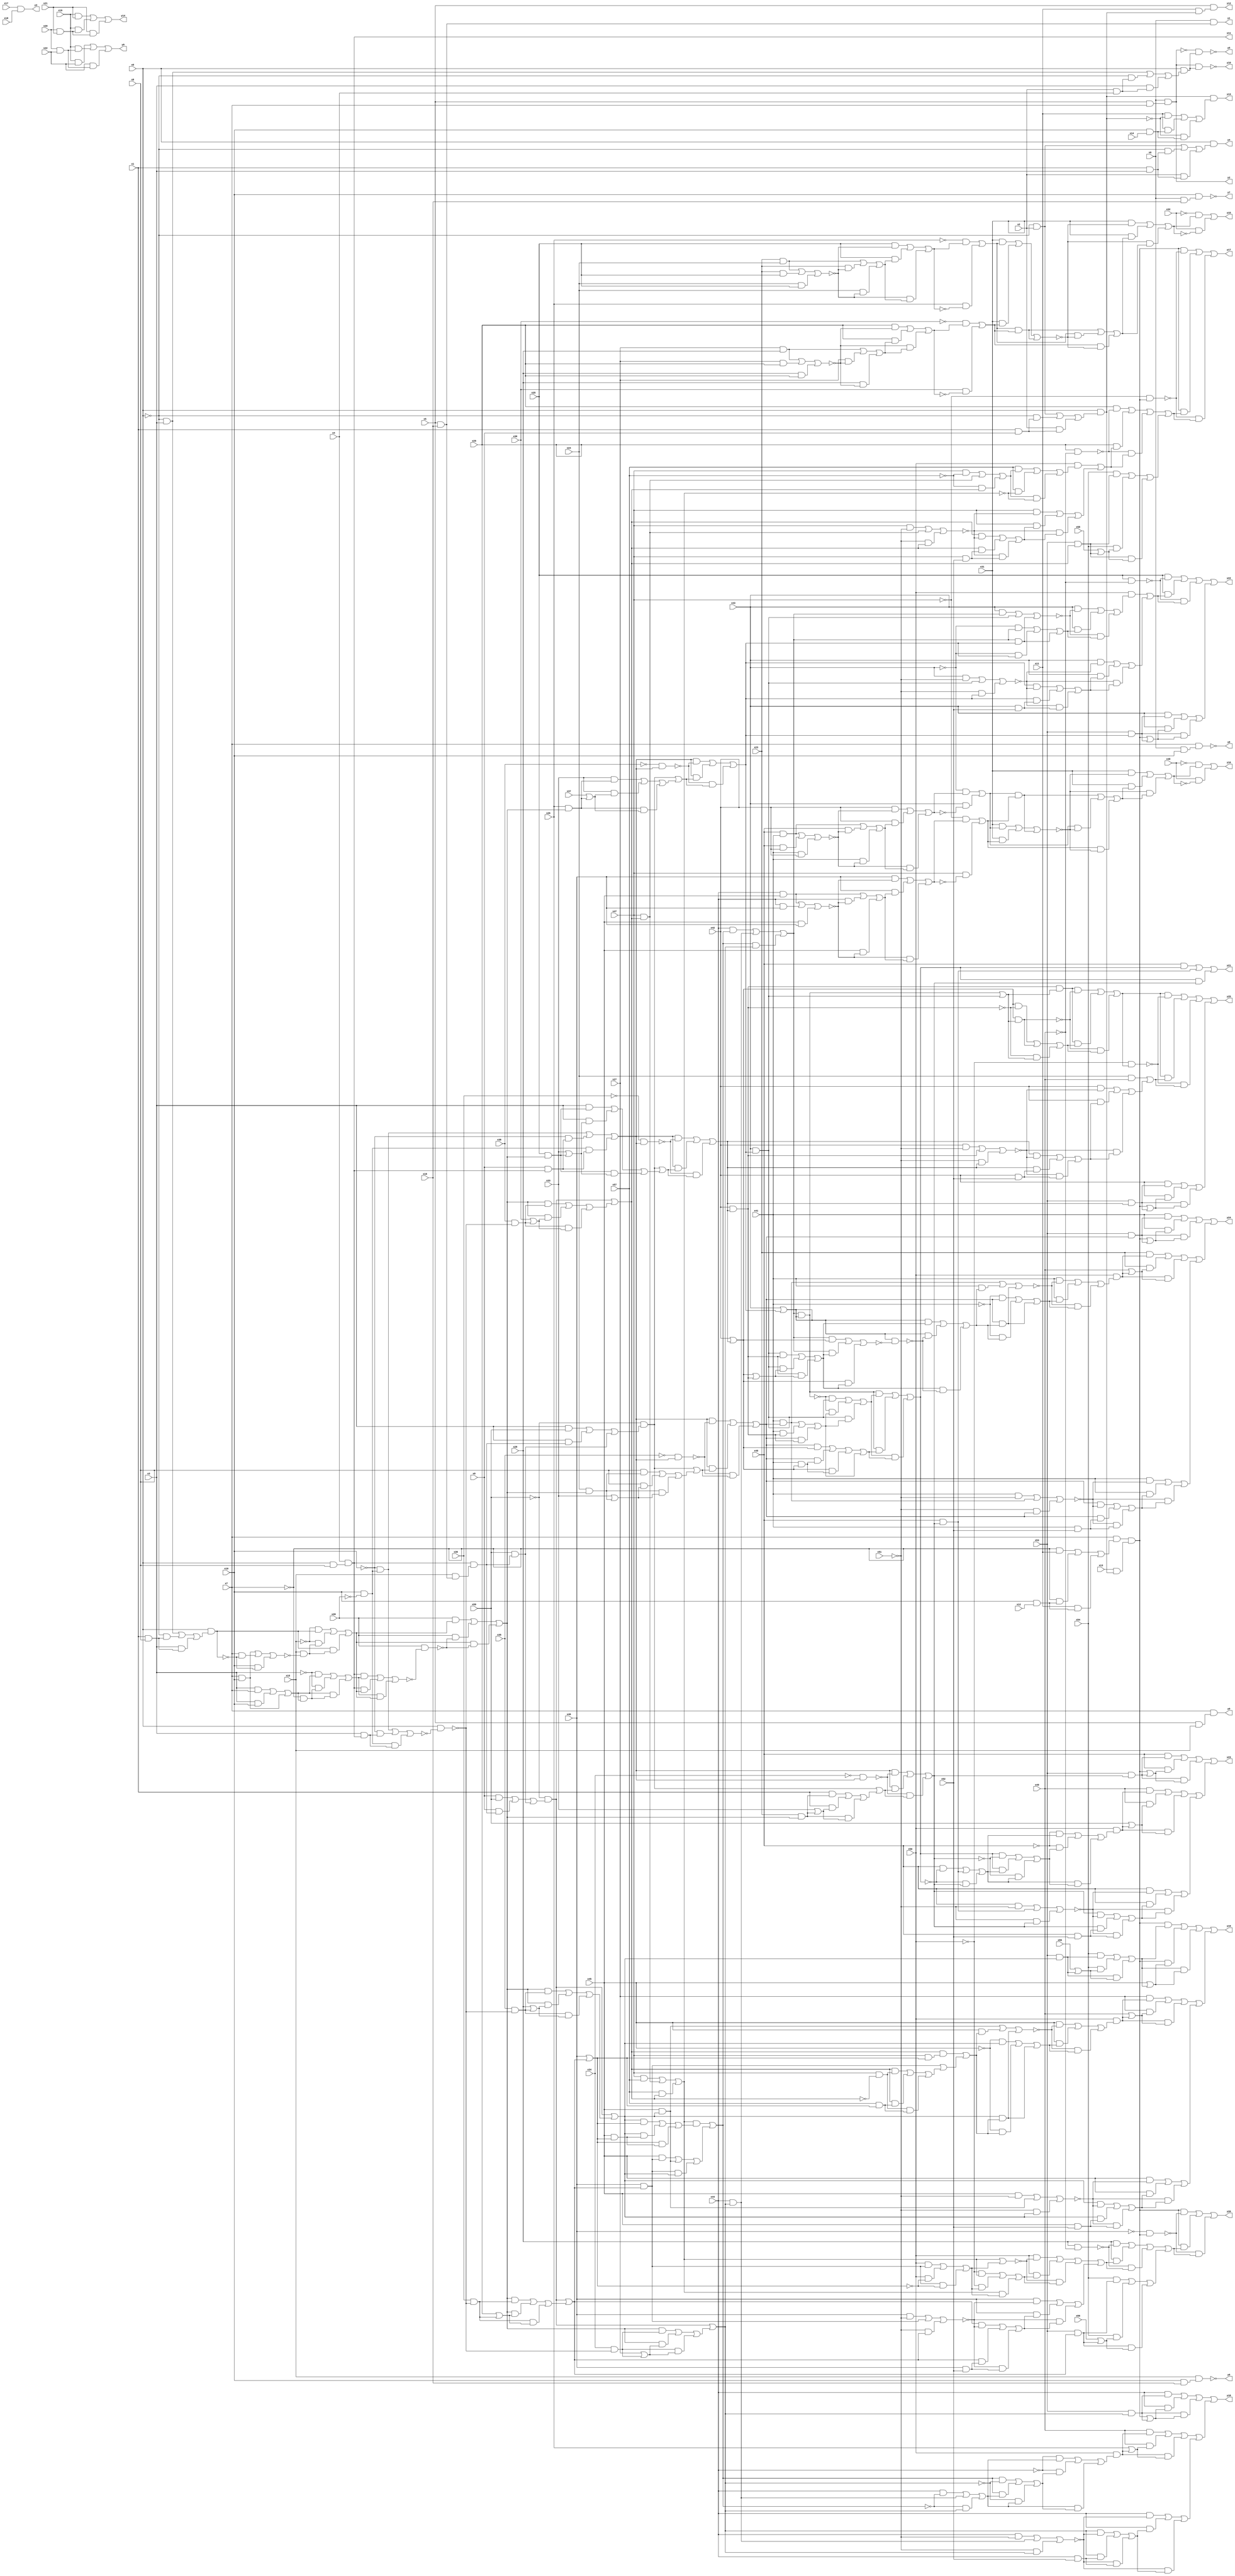
module top( x0 , x1 , x2 , x3 , x4 , x5 , x6 , x7 , x8 , x9 , x10 , x11 , x12 , x13 , x14 , x15 , x16 , x17 , x18 , x19 , x20 , x21 , x22 , x23 , x24 , x25 , x26 , x27 , x28 , x29 , x30 , x31 , x32 , x33 , x34 , x35 , x36 , x37 , x38 , x39 , x40 , x41 , x42 , x43 , x44 , x45 , x46 , x47 , x48 , x49 , x50 , x51 , x52 , x53 , x54 , x55 , x56 , x57 , x58 , x59 , y0 , y1 , y2 , y3 , y4 , y5 , y6 , y7 , y8 , y9 , y10 , y11 , y12 , y13 , y14 , y15 , y16 , y17 , y18 , y19 , y20 , y21 , y22 , y23 , y24 , y25 );
  input x0 , x1 , x2 , x3 , x4 , x5 , x6 , x7 , x8 , x9 , x10 , x11 , x12 , x13 , x14 , x15 , x16 , x17 , x18 , x19 , x20 , x21 , x22 , x23 , x24 , x25 , x26 , x27 , x28 , x29 , x30 , x31 , x32 , x33 , x34 , x35 , x36 , x37 , x38 , x39 , x40 , x41 , x42 , x43 , x44 , x45 , x46 , x47 , x48 , x49 , x50 , x51 , x52 , x53 , x54 , x55 , x56 , x57 , x58 , x59 ;
  output y0 , y1 , y2 , y3 , y4 , y5 , y6 , y7 , y8 , y9 , y10 , y11 , y12 , y13 , y14 , y15 , y16 , y17 , y18 , y19 , y20 , y21 , y22 , y23 , y24 , y25 ;
  wire n61 , n62 , n63 , n64 , n65 , n66 , n67 , n68 , n69 , n70 , n71 , n72 , n73 , n74 , n75 , n76 , n77 , n78 , n79 , n80 , n81 , n82 , n83 , n84 , n85 , n86 , n87 , n88 , n89 , n90 , n91 , n92 , n93 , n94 , n95 , n96 , n97 , n98 , n99 , n100 , n101 , n102 , n103 , n104 , n105 , n106 , n107 , n108 , n109 , n110 , n111 , n112 , n113 , n114 , n115 , n116 , n117 , n118 , n119 , n120 , n121 , n122 , n123 , n124 , n125 , n126 , n127 , n128 , n129 , n130 , n131 , n132 , n133 , n134 , n135 , n136 , n137 , n138 , n139 , n140 , n141 , n142 , n143 , n144 , n145 , n146 , n147 , n148 , n149 , n150 , n151 , n152 , n153 , n154 , n155 , n156 , n157 , n158 , n159 , n160 , n161 , n162 , n163 , n164 , n165 , n166 , n167 , n168 , n169 , n170 , n171 , n172 , n173 , n174 , n175 , n176 , n177 , n178 , n179 , n180 , n181 , n182 , n183 , n184 , n185 , n186 , n187 , n188 , n189 , n190 , n191 , n192 , n193 , n194 , n195 , n196 , n197 , n198 , n199 , n200 , n201 , n202 , n203 , n204 , n205 , n206 , n207 , n208 , n209 , n210 , n211 , n212 , n213 , n214 , n215 , n216 , n217 , n218 , n219 , n220 , n221 , n222 , n223 , n224 , n225 , n226 , n227 , n228 , n229 , n230 , n231 , n232 , n233 , n234 , n235 , n236 , n237 , n238 , n239 , n240 , n241 , n242 , n243 , n244 , n245 , n246 , n247 , n248 , n249 , n250 , n251 , n252 , n253 , n254 , n255 , n256 , n257 , n258 , n259 , n260 , n261 , n262 , n263 , n264 , n265 , n266 , n267 , n268 , n269 , n270 , n271 , n272 , n273 , n274 , n275 , n276 , n277 , n278 , n279 , n280 , n281 , n282 , n283 , n284 , n285 , n286 , n287 , n288 , n289 , n290 , n291 , n292 , n293 , n294 , n295 , n296 , n297 , n298 , n299 , n300 , n301 , n302 , n303 , n304 , n305 , n306 , n307 , n308 , n309 , n310 , n311 , n312 , n313 , n314 , n315 , n316 , n317 , n318 , n319 , n320 , n321 , n322 , n323 , n324 , n325 , n326 , n327 , n328 , n329 , n330 , n331 , n332 , n333 , n334 , n335 , n336 , n337 , n338 , n339 , n340 , n341 , n342 , n343 , n344 , n345 , n346 , n347 , n348 , n349 , n350 , n351 , n352 , n353 , n354 , n355 , n356 , n357 , n358 , n359 , n360 ;
  assign n61 = x5 & x15 ;
  assign n62 = x7 & n61 ;
  assign n63 = x5 & x16 ;
  assign n64 = x6 & n63 ;
  assign n65 = x5 & x7 ;
  assign n66 = x6 & n65 ;
  assign n67 = x17 & x18 ;
  assign n68 = x1 & x3 ;
  assign n69 = ( ~x0 & x2 ) | ( ~x0 & n68 ) | ( x2 & n68 ) ;
  assign n70 = x0 & n69 ;
  assign n71 = x2 & x4 ;
  assign n72 = ( ~x0 & x3 ) | ( ~x0 & n71 ) | ( x3 & n71 ) ;
  assign n73 = x0 & n72 ;
  assign n74 = ~n66 & n73 ;
  assign n75 = x10 & x16 ;
  assign n76 = x15 & n75 ;
  assign n77 = x6 & x16 ;
  assign n78 = x10 & n77 ;
  assign n79 = x6 & x10 ;
  assign n80 = x7 & n79 ;
  assign n81 = x20 & x22 ;
  assign n82 = ( x19 & x22 ) | ( x19 & n81 ) | ( x22 & n81 ) ;
  assign n83 = n66 & n73 ;
  assign n84 = x0 & x8 ;
  assign n85 = x4 & n84 ;
  assign n86 = x1 & x9 ;
  assign n87 = ( ~x0 & x2 ) | ( ~x0 & n86 ) | ( x2 & n86 ) ;
  assign n88 = x0 & n87 ;
  assign n89 = x11 & n88 ;
  assign n90 = x5 & n89 ;
  assign n91 = x10 & x14 ;
  assign n92 = ( x11 & ~n88 ) | ( x11 & n91 ) | ( ~n88 & n91 ) ;
  assign n93 = n88 & n92 ;
  assign n94 = x20 & x21 ;
  assign n95 = ( x19 & x21 ) | ( x19 & n94 ) | ( x21 & n94 ) ;
  assign n96 = ( x23 & x24 ) | ( x23 & x25 ) | ( x24 & x25 ) ;
  assign n97 = ( x23 & x24 ) | ( x23 & ~n96 ) | ( x24 & ~n96 ) ;
  assign n98 = ( x25 & ~n96 ) | ( x25 & n97 ) | ( ~n96 & n97 ) ;
  assign n99 = ~x26 & n98 ;
  assign n100 = x26 & ~n98 ;
  assign n101 = n99 | n100 ;
  assign n102 = ( x27 & x28 ) | ( x27 & x29 ) | ( x28 & x29 ) ;
  assign n103 = ( x27 & x28 ) | ( x27 & ~n102 ) | ( x28 & ~n102 ) ;
  assign n104 = ( x29 & ~n102 ) | ( x29 & n103 ) | ( ~n102 & n103 ) ;
  assign n105 = ~x30 & n104 ;
  assign n106 = x30 & ~n104 ;
  assign n107 = n105 | n106 ;
  assign n108 = ( x31 & n101 ) | ( x31 & n107 ) | ( n101 & n107 ) ;
  assign n109 = ( n101 & n107 ) | ( n101 & ~n108 ) | ( n107 & ~n108 ) ;
  assign n110 = ( x31 & ~n108 ) | ( x31 & n109 ) | ( ~n108 & n109 ) ;
  assign n111 = ~x32 & n110 ;
  assign n112 = x32 & ~n110 ;
  assign n113 = n111 | n112 ;
  assign n114 = ( x40 & x41 ) | ( x40 & x42 ) | ( x41 & x42 ) ;
  assign n115 = ( x40 & x41 ) | ( x40 & ~n114 ) | ( x41 & ~n114 ) ;
  assign n116 = ( x42 & ~n114 ) | ( x42 & n115 ) | ( ~n114 & n115 ) ;
  assign n117 = ~x43 & n116 ;
  assign n118 = x43 & ~n116 ;
  assign n119 = n117 | n118 ;
  assign n120 = ( x44 & x45 ) | ( x44 & x46 ) | ( x45 & x46 ) ;
  assign n121 = ( x44 & x45 ) | ( x44 & ~n120 ) | ( x45 & ~n120 ) ;
  assign n122 = ( x46 & ~n120 ) | ( x46 & n121 ) | ( ~n120 & n121 ) ;
  assign n123 = ~x47 & n122 ;
  assign n124 = x47 & ~n122 ;
  assign n125 = n123 | n124 ;
  assign n126 = ( x31 & n119 ) | ( x31 & n125 ) | ( n119 & n125 ) ;
  assign n127 = ( n119 & n125 ) | ( n119 & ~n126 ) | ( n125 & ~n126 ) ;
  assign n128 = ( x31 & ~n126 ) | ( x31 & n127 ) | ( ~n126 & n127 ) ;
  assign n129 = ~x48 & n128 ;
  assign n130 = x48 & ~n128 ;
  assign n131 = n129 | n130 ;
  assign n132 = x10 & x12 ;
  assign n133 = ( ~x7 & x11 ) | ( ~x7 & n132 ) | ( x11 & n132 ) ;
  assign n134 = x7 & n133 ;
  assign n135 = x13 & n88 ;
  assign n136 = n134 & n135 ;
  assign n175 = ~x47 & n136 ;
  assign n169 = x29 & ~x49 ;
  assign n137 = x15 & n63 ;
  assign n138 = n85 & n137 ;
  assign n139 = ( x9 & x59 ) | ( x9 & n138 ) | ( x59 & n138 ) ;
  assign n140 = ~x59 & n139 ;
  assign n144 = x1 & x8 ;
  assign n145 = ( ~x0 & x3 ) | ( ~x0 & n144 ) | ( x3 & n144 ) ;
  assign n146 = x0 & n145 ;
  assign n147 = ( x7 & x10 ) | ( x7 & ~n146 ) | ( x10 & ~n146 ) ;
  assign n148 = x15 & ~n147 ;
  assign n149 = ( ~x15 & n146 ) | ( ~x15 & n148 ) | ( n146 & n148 ) ;
  assign n141 = ( x3 & x7 ) | ( x3 & x10 ) | ( x7 & x10 ) ;
  assign n142 = ~x7 & n141 ;
  assign n143 = ( ~x3 & n141 ) | ( ~x3 & n142 ) | ( n141 & n142 ) ;
  assign n150 = ( n85 & n143 ) | ( n85 & n149 ) | ( n143 & n149 ) ;
  assign n151 = x39 & ~n150 ;
  assign n152 = ( x39 & n149 ) | ( x39 & ~n151 ) | ( n149 & ~n151 ) ;
  assign n153 = x10 & ~x39 ;
  assign n154 = x3 & n85 ;
  assign n155 = ( ~x10 & n153 ) | ( ~x10 & n154 ) | ( n153 & n154 ) ;
  assign n156 = x0 & ~n155 ;
  assign n157 = x38 & ~n156 ;
  assign n158 = x30 | n157 ;
  assign n159 = ( n152 & n157 ) | ( n152 & n158 ) | ( n157 & n158 ) ;
  assign n160 = n140 | n159 ;
  assign n161 = ( x47 & ~x57 ) | ( x47 & n160 ) | ( ~x57 & n160 ) ;
  assign n162 = ( x47 & x57 ) | ( x47 & n160 ) | ( x57 & n160 ) ;
  assign n163 = ( x57 & n161 ) | ( x57 & ~n162 ) | ( n161 & ~n162 ) ;
  assign n164 = x50 & n163 ;
  assign n165 = ( x47 & ~x51 ) | ( x47 & n160 ) | ( ~x51 & n160 ) ;
  assign n166 = x47 & x52 ;
  assign n167 = ( n160 & ~n165 ) | ( n160 & n166 ) | ( ~n165 & n166 ) ;
  assign n168 = ( x47 & ~n165 ) | ( x47 & n167 ) | ( ~n165 & n167 ) ;
  assign n170 = n164 | n168 ;
  assign n171 = ( x29 & ~n169 ) | ( x29 & n170 ) | ( ~n169 & n170 ) ;
  assign n172 = x53 & n160 ;
  assign n173 = x58 | n172 ;
  assign n174 = ( x54 & n172 ) | ( x54 & n173 ) | ( n172 & n173 ) ;
  assign n176 = n171 | n174 ;
  assign n177 = ( n136 & ~n175 ) | ( n136 & n176 ) | ( ~n175 & n176 ) ;
  assign n193 = x34 & ~n156 ;
  assign n194 = x27 | n193 ;
  assign n195 = ( n152 & n193 ) | ( n152 & n194 ) | ( n193 & n194 ) ;
  assign n196 = n140 | n195 ;
  assign n203 = x53 & n196 ;
  assign n204 = n136 | n203 ;
  assign n205 = ( x44 & n203 ) | ( x44 & n204 ) | ( n203 & n204 ) ;
  assign n183 = x35 & ~n156 ;
  assign n184 = x28 | n183 ;
  assign n185 = ( n152 & n183 ) | ( n152 & n184 ) | ( n183 & n184 ) ;
  assign n186 = n140 | n185 ;
  assign n178 = x36 & ~n156 ;
  assign n179 = x29 | n178 ;
  assign n180 = ( n152 & n178 ) | ( n152 & n179 ) | ( n178 & n179 ) ;
  assign n181 = n140 | n180 ;
  assign n187 = x46 | n181 ;
  assign n188 = x45 & n187 ;
  assign n189 = ( n186 & n187 ) | ( n186 & n188 ) | ( n187 & n188 ) ;
  assign n190 = n162 & n189 ;
  assign n182 = x46 & n181 ;
  assign n191 = ( x45 & n182 ) | ( x45 & n186 ) | ( n182 & n186 ) ;
  assign n192 = n190 | n191 ;
  assign n197 = ( x44 & ~n192 ) | ( x44 & n196 ) | ( ~n192 & n196 ) ;
  assign n198 = ( n192 & ~n196 ) | ( n192 & n197 ) | ( ~n196 & n197 ) ;
  assign n199 = ( ~x44 & n197 ) | ( ~x44 & n198 ) | ( n197 & n198 ) ;
  assign n200 = x50 & n199 ;
  assign n201 = x26 | n200 ;
  assign n202 = ( x49 & n200 ) | ( x49 & n201 ) | ( n200 & n201 ) ;
  assign n206 = ( x44 & ~x51 ) | ( x44 & n196 ) | ( ~x51 & n196 ) ;
  assign n207 = x44 & x52 ;
  assign n208 = ( n196 & ~n206 ) | ( n196 & n207 ) | ( ~n206 & n207 ) ;
  assign n209 = ( x44 & ~n206 ) | ( x44 & n208 ) | ( ~n206 & n208 ) ;
  assign n210 = n202 | n209 ;
  assign n211 = n205 | n210 ;
  assign n225 = x53 & n186 ;
  assign n226 = x55 | n225 ;
  assign n227 = ( x54 & n225 ) | ( x54 & n226 ) | ( n225 & n226 ) ;
  assign n228 = x45 | n227 ;
  assign n229 = ( n136 & n227 ) | ( n136 & n228 ) | ( n227 & n228 ) ;
  assign n215 = x47 & n187 ;
  assign n216 = n160 & n215 ;
  assign n212 = x47 & ~n160 ;
  assign n213 = x57 & n187 ;
  assign n214 = ( n160 & n212 ) | ( n160 & n213 ) | ( n212 & n213 ) ;
  assign n217 = n182 | n214 ;
  assign n218 = n216 | n217 ;
  assign n219 = ( x45 & n186 ) | ( x45 & n218 ) | ( n186 & n218 ) ;
  assign n220 = ( ~x45 & n186 ) | ( ~x45 & n218 ) | ( n186 & n218 ) ;
  assign n221 = ( x45 & ~n219 ) | ( x45 & n220 ) | ( ~n219 & n220 ) ;
  assign n222 = x50 & n221 ;
  assign n223 = x49 | n222 ;
  assign n224 = ( x27 & n222 ) | ( x27 & n223 ) | ( n222 & n223 ) ;
  assign n230 = ( x45 & ~x51 ) | ( x45 & n186 ) | ( ~x51 & n186 ) ;
  assign n231 = x45 & x52 ;
  assign n232 = ( n186 & ~n230 ) | ( n186 & n231 ) | ( ~n230 & n231 ) ;
  assign n233 = ( x45 & ~n230 ) | ( x45 & n232 ) | ( ~n230 & n232 ) ;
  assign n234 = n224 | n233 ;
  assign n235 = n229 | n234 ;
  assign n250 = ~x46 & n136 ;
  assign n244 = x28 & ~x49 ;
  assign n236 = ( x50 & n182 ) | ( x50 & ~n187 ) | ( n182 & ~n187 ) ;
  assign n237 = n162 | n236 ;
  assign n238 = ( ~x50 & n162 ) | ( ~x50 & n236 ) | ( n162 & n236 ) ;
  assign n239 = ( x50 & ~n237 ) | ( x50 & n238 ) | ( ~n237 & n238 ) ;
  assign n240 = ( x46 & ~x51 ) | ( x46 & n181 ) | ( ~x51 & n181 ) ;
  assign n241 = x46 & x52 ;
  assign n242 = ( n181 & ~n240 ) | ( n181 & n241 ) | ( ~n240 & n241 ) ;
  assign n243 = ( x46 & ~n240 ) | ( x46 & n242 ) | ( ~n240 & n242 ) ;
  assign n245 = n239 | n243 ;
  assign n246 = ( x28 & ~n244 ) | ( x28 & n245 ) | ( ~n244 & n245 ) ;
  assign n247 = x53 & n181 ;
  assign n248 = x56 | n247 ;
  assign n249 = ( x54 & n247 ) | ( x54 & n248 ) | ( n247 & n248 ) ;
  assign n251 = n246 | n249 ;
  assign n252 = ( n136 & ~n250 ) | ( n136 & n251 ) | ( ~n250 & n251 ) ;
  assign n253 = ( x44 & n192 ) | ( x44 & n196 ) | ( n192 & n196 ) ;
  assign n254 = x9 & n85 ;
  assign n255 = ( ~x10 & n153 ) | ( ~x10 & n254 ) | ( n153 & n254 ) ;
  assign n261 = ~x38 & n255 ;
  assign n256 = ( x3 & x59 ) | ( x3 & n138 ) | ( x59 & n138 ) ;
  assign n257 = ~x59 & n256 ;
  assign n258 = x26 & n152 ;
  assign n259 = x37 | n258 ;
  assign n260 = ( x33 & n258 ) | ( x33 & n259 ) | ( n258 & n259 ) ;
  assign n262 = n257 | n260 ;
  assign n263 = ( n255 & ~n261 ) | ( n255 & n262 ) | ( ~n261 & n262 ) ;
  assign n264 = x43 | n263 ;
  assign n265 = n253 & n264 ;
  assign n266 = x43 & n263 ;
  assign n270 = ~x35 & n255 ;
  assign n267 = x24 & n152 ;
  assign n268 = x33 | n267 ;
  assign n269 = ( x8 & n267 ) | ( x8 & n268 ) | ( n267 & n268 ) ;
  assign n271 = n257 | n269 ;
  assign n272 = ( n255 & ~n270 ) | ( n255 & n271 ) | ( ~n270 & n271 ) ;
  assign n276 = ~x36 & n255 ;
  assign n273 = x25 & n152 ;
  assign n274 = x33 | n273 ;
  assign n275 = ( x3 & n273 ) | ( x3 & n274 ) | ( n273 & n274 ) ;
  assign n277 = n257 | n275 ;
  assign n278 = ( n255 & ~n276 ) | ( n255 & n277 ) | ( ~n276 & n277 ) ;
  assign n282 = x42 & n278 ;
  assign n283 = ( x41 & n272 ) | ( x41 & n282 ) | ( n272 & n282 ) ;
  assign n284 = ( ~n265 & n266 ) | ( ~n265 & n283 ) | ( n266 & n283 ) ;
  assign n279 = x42 | n278 ;
  assign n280 = x41 & n279 ;
  assign n281 = ( n272 & n279 ) | ( n272 & n280 ) | ( n279 & n280 ) ;
  assign n285 = n281 | n283 ;
  assign n286 = ( n265 & n284 ) | ( n265 & n285 ) | ( n284 & n285 ) ;
  assign n290 = ~x34 & n255 ;
  assign n287 = x23 & n152 ;
  assign n288 = x33 | n287 ;
  assign n289 = ( x1 & n287 ) | ( x1 & n288 ) | ( n287 & n288 ) ;
  assign n291 = n257 | n289 ;
  assign n292 = ( n255 & ~n290 ) | ( n255 & n291 ) | ( ~n290 & n291 ) ;
  assign n293 = ( x40 & n286 ) | ( x40 & n292 ) | ( n286 & n292 ) ;
  assign n302 = x25 & ~x49 ;
  assign n294 = ( x43 & n253 ) | ( x43 & n263 ) | ( n253 & n263 ) ;
  assign n295 = ( ~x43 & n253 ) | ( ~x43 & n263 ) | ( n253 & n263 ) ;
  assign n296 = ( x43 & ~n294 ) | ( x43 & n295 ) | ( ~n294 & n295 ) ;
  assign n297 = x50 & n296 ;
  assign n298 = ( x43 & ~x51 ) | ( x43 & n263 ) | ( ~x51 & n263 ) ;
  assign n299 = x43 & x52 ;
  assign n300 = ( n263 & ~n298 ) | ( n263 & n299 ) | ( ~n298 & n299 ) ;
  assign n301 = ( x43 & ~n298 ) | ( x43 & n300 ) | ( ~n298 & n300 ) ;
  assign n303 = n297 | n301 ;
  assign n304 = ( x25 & ~n302 ) | ( x25 & n303 ) | ( ~n302 & n303 ) ;
  assign n305 = x53 & n263 ;
  assign n306 = n136 | n305 ;
  assign n307 = ( x43 & n305 ) | ( x43 & n306 ) | ( n305 & n306 ) ;
  assign n308 = n304 | n307 ;
  assign n315 = x53 & n292 ;
  assign n316 = n136 | n315 ;
  assign n317 = ( x40 & n315 ) | ( x40 & n316 ) | ( n315 & n316 ) ;
  assign n309 = ( x40 & ~n286 ) | ( x40 & n292 ) | ( ~n286 & n292 ) ;
  assign n310 = ( n286 & ~n292 ) | ( n286 & n309 ) | ( ~n292 & n309 ) ;
  assign n311 = ( ~x40 & n309 ) | ( ~x40 & n310 ) | ( n309 & n310 ) ;
  assign n312 = x50 & n311 ;
  assign n313 = x59 | n312 ;
  assign n314 = ( x49 & n312 ) | ( x49 & n313 ) | ( n312 & n313 ) ;
  assign n318 = ( x40 & ~x51 ) | ( x40 & n292 ) | ( ~x51 & n292 ) ;
  assign n319 = x40 & x52 ;
  assign n320 = ( n292 & ~n318 ) | ( n292 & n319 ) | ( ~n318 & n319 ) ;
  assign n321 = ( x40 & ~n318 ) | ( x40 & n320 ) | ( ~n318 & n320 ) ;
  assign n322 = n314 | n321 ;
  assign n323 = n317 | n322 ;
  assign n335 = x53 & n272 ;
  assign n336 = n136 | n335 ;
  assign n337 = ( x41 & n335 ) | ( x41 & n336 ) | ( n335 & n336 ) ;
  assign n324 = n279 | n282 ;
  assign n325 = ( n266 & n282 ) | ( n266 & n324 ) | ( n282 & n324 ) ;
  assign n326 = ( n253 & n279 ) | ( n253 & n325 ) | ( n279 & n325 ) ;
  assign n327 = n264 & ~n326 ;
  assign n328 = ( n264 & n325 ) | ( n264 & ~n327 ) | ( n325 & ~n327 ) ;
  assign n329 = ( x41 & n272 ) | ( x41 & n328 ) | ( n272 & n328 ) ;
  assign n330 = ( ~x41 & n272 ) | ( ~x41 & n328 ) | ( n272 & n328 ) ;
  assign n331 = ( x41 & ~n329 ) | ( x41 & n330 ) | ( ~n329 & n330 ) ;
  assign n332 = x50 & n331 ;
  assign n333 = x49 | n332 ;
  assign n334 = ( x23 & n332 ) | ( x23 & n333 ) | ( n332 & n333 ) ;
  assign n338 = ( x41 & ~x51 ) | ( x41 & n272 ) | ( ~x51 & n272 ) ;
  assign n339 = x41 & x52 ;
  assign n340 = ( n272 & ~n338 ) | ( n272 & n339 ) | ( ~n338 & n339 ) ;
  assign n341 = ( x41 & ~n338 ) | ( x41 & n340 ) | ( ~n338 & n340 ) ;
  assign n342 = n334 | n341 ;
  assign n343 = n337 | n342 ;
  assign n344 = n265 | n266 ;
  assign n345 = n282 & n344 ;
  assign n346 = n279 & n344 ;
  assign n347 = ( n279 & ~n282 ) | ( n279 & n344 ) | ( ~n282 & n344 ) ;
  assign n348 = ( n345 & ~n346 ) | ( n345 & n347 ) | ( ~n346 & n347 ) ;
  assign n354 = ~x50 & n348 ;
  assign n349 = x24 & x49 ;
  assign n350 = ( x42 & ~x51 ) | ( x42 & n278 ) | ( ~x51 & n278 ) ;
  assign n351 = x42 & x52 ;
  assign n352 = ( n278 & ~n350 ) | ( n278 & n351 ) | ( ~n350 & n351 ) ;
  assign n353 = ( x42 & ~n350 ) | ( x42 & n352 ) | ( ~n350 & n352 ) ;
  assign n355 = n349 | n353 ;
  assign n356 = ( n348 & ~n354 ) | ( n348 & n355 ) | ( ~n354 & n355 ) ;
  assign n357 = x53 & n278 ;
  assign n358 = n136 | n357 ;
  assign n359 = ( x42 & n357 ) | ( x42 & n358 ) | ( n357 & n358 ) ;
  assign n360 = n356 | n359 ;
  assign y0 = n62 ;
  assign y1 = n64 ;
  assign y2 = n66 ;
  assign y3 = n67 ;
  assign y4 = n70 ;
  assign y5 = ~n74 ;
  assign y6 = ~n76 ;
  assign y7 = ~n78 ;
  assign y8 = ~n80 ;
  assign y9 = n82 ;
  assign y10 = ~n83 ;
  assign y11 = n85 ;
  assign y12 = n90 ;
  assign y13 = n93 ;
  assign y14 = n95 ;
  assign y15 = n113 ;
  assign y16 = n131 ;
  assign y17 = n177 ;
  assign y18 = n211 ;
  assign y19 = n235 ;
  assign y20 = n252 ;
  assign y21 = n293 ;
  assign y22 = n308 ;
  assign y23 = n323 ;
  assign y24 = n343 ;
  assign y25 = n360 ;
endmodule